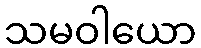
သမဝါယော